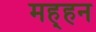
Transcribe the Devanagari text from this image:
मह्हन